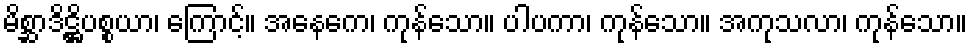
မိစ္ဆာဒိဋ္ဌိပစ္စယာ၊ ကြောင့်။ အနေကေ၊ ကုန်သော။ ပါပကာ၊ ကုန်သော။ အကုသလာ၊ ကုန်သော။